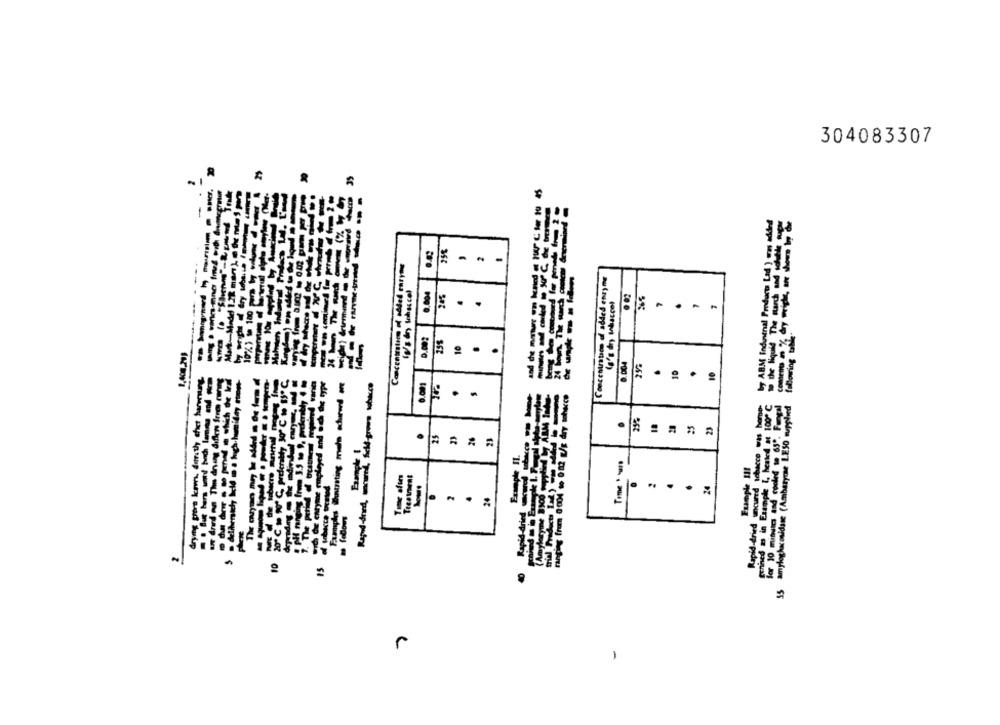
304083307
by ABM Industrial Products Lad ) orm added
Concentration of added enryms
Concentration of added enzyme
. .
A
-
10
.
.
-
------
10
.
.
--------
Rapid-dried uncured Ichacco was home-
Erfined as in Example I, heated at 1000 ℃
for 10 minutes and cooled to 65º. Fungal
55 amyloghacosidase (Ambaryme LESO mupplied
25%
23
.
25
.
Time ' url
Example !!!
.
(Amylosy
erop seud-ppy Tulum paup-patry
1
------
--------
r